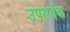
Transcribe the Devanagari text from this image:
उपसर्गक